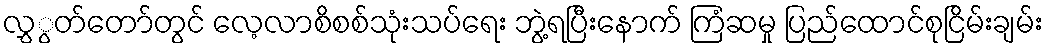
လွှွတ်တော်တွင် လေ့လာစိစစ်သုံးသပ်ရေး ဘွဲ့ရပြီးနောက် ကြံဆမှု ပြည်ထောင်စုငြိမ်းချမ်း